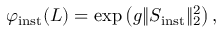
\varphi _ { \mathrm { i n s t } } ( L ) = \exp \left( g \| S _ { \mathrm { i n s t } } \| _ { 2 } ^ { 2 } \right) ,